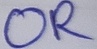
Text: OR